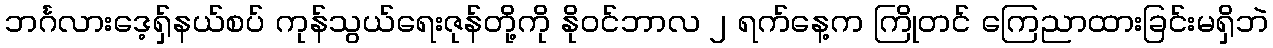
ဘင်္ဂလားဒေ့ရှ်နယ်စပ် ကုန်သွယ်ရေးဇုန်တို့ကို နိုဝင်ဘာလ ၂ ရက်နေ့က ကြိုတင် ကြေညာထားခြင်းမရှိဘဲ